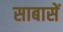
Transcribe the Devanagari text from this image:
साबासें